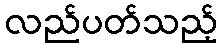
လည်ပတ်သည့်